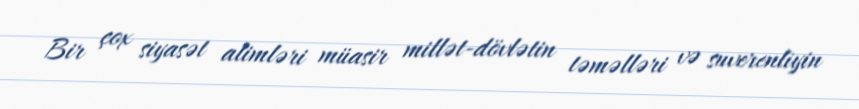
Bir çox siyasət alimləri müasir millət-dövlətin təməlləri və suverenliyin